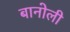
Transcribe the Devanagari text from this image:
बानोली